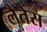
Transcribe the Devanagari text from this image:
लैतेस